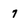
Character: 7